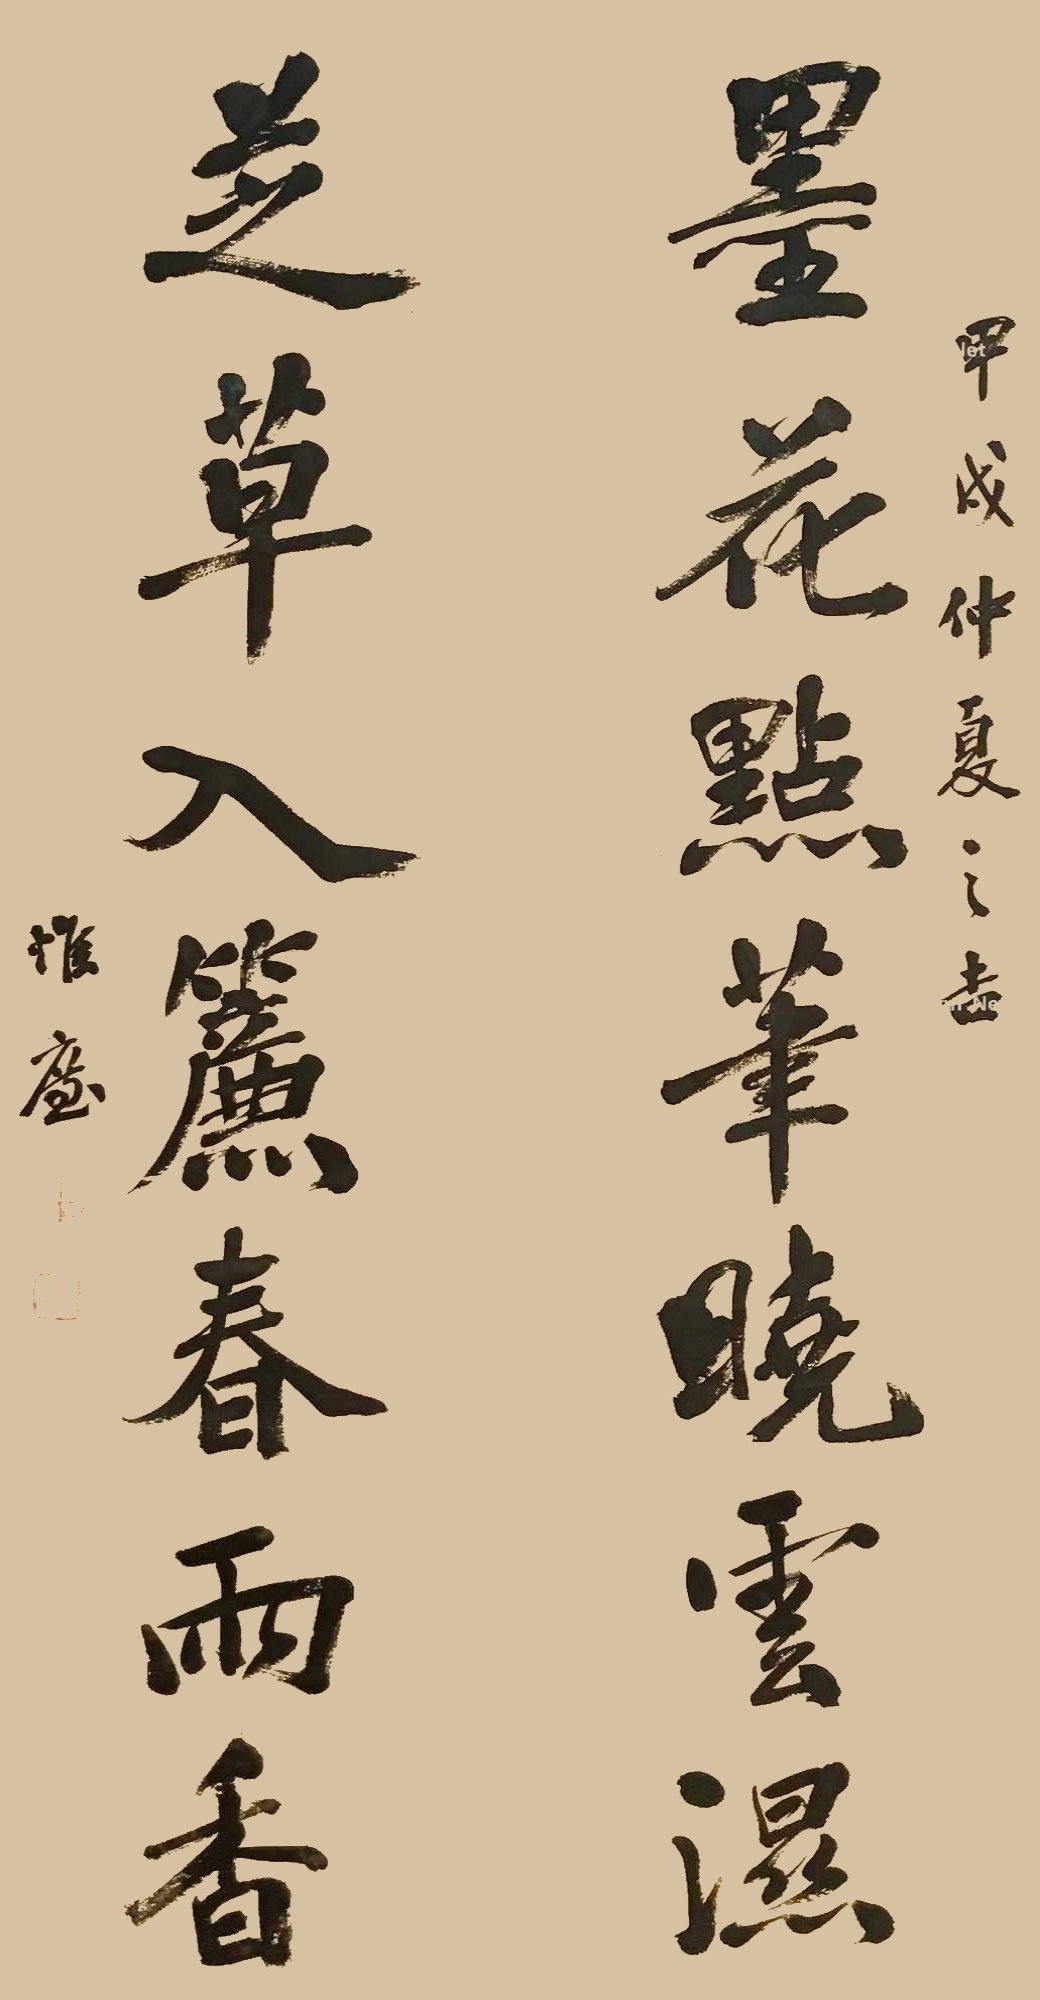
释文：墨花点笔晓云湿，芝草入帘春雨香。甲戌仲夏之吉，惟帘。